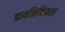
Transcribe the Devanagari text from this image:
डायक्रिटिकल